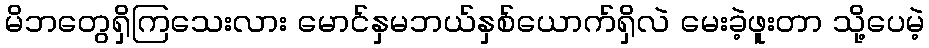
မိဘတွေရှိကြသေးလား မောင်နှမဘယ်နှစ်ယောက်ရှိလဲ မေးခဲ့ဖူးတာ သို့ပေမဲ့